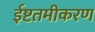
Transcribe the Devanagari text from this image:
ईष्टतमीकरण